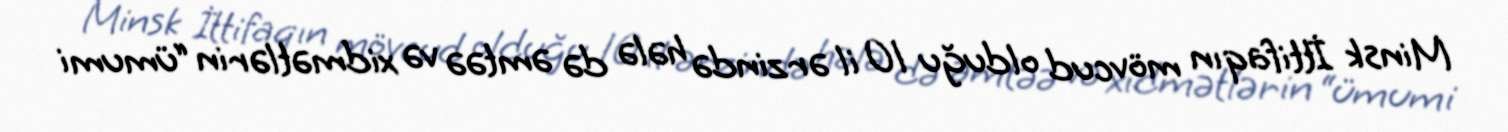
Minsk İttifaqın mövcud olduğu 10 il ərzində hələ də əmtəə və xidmətlərin “ümumi